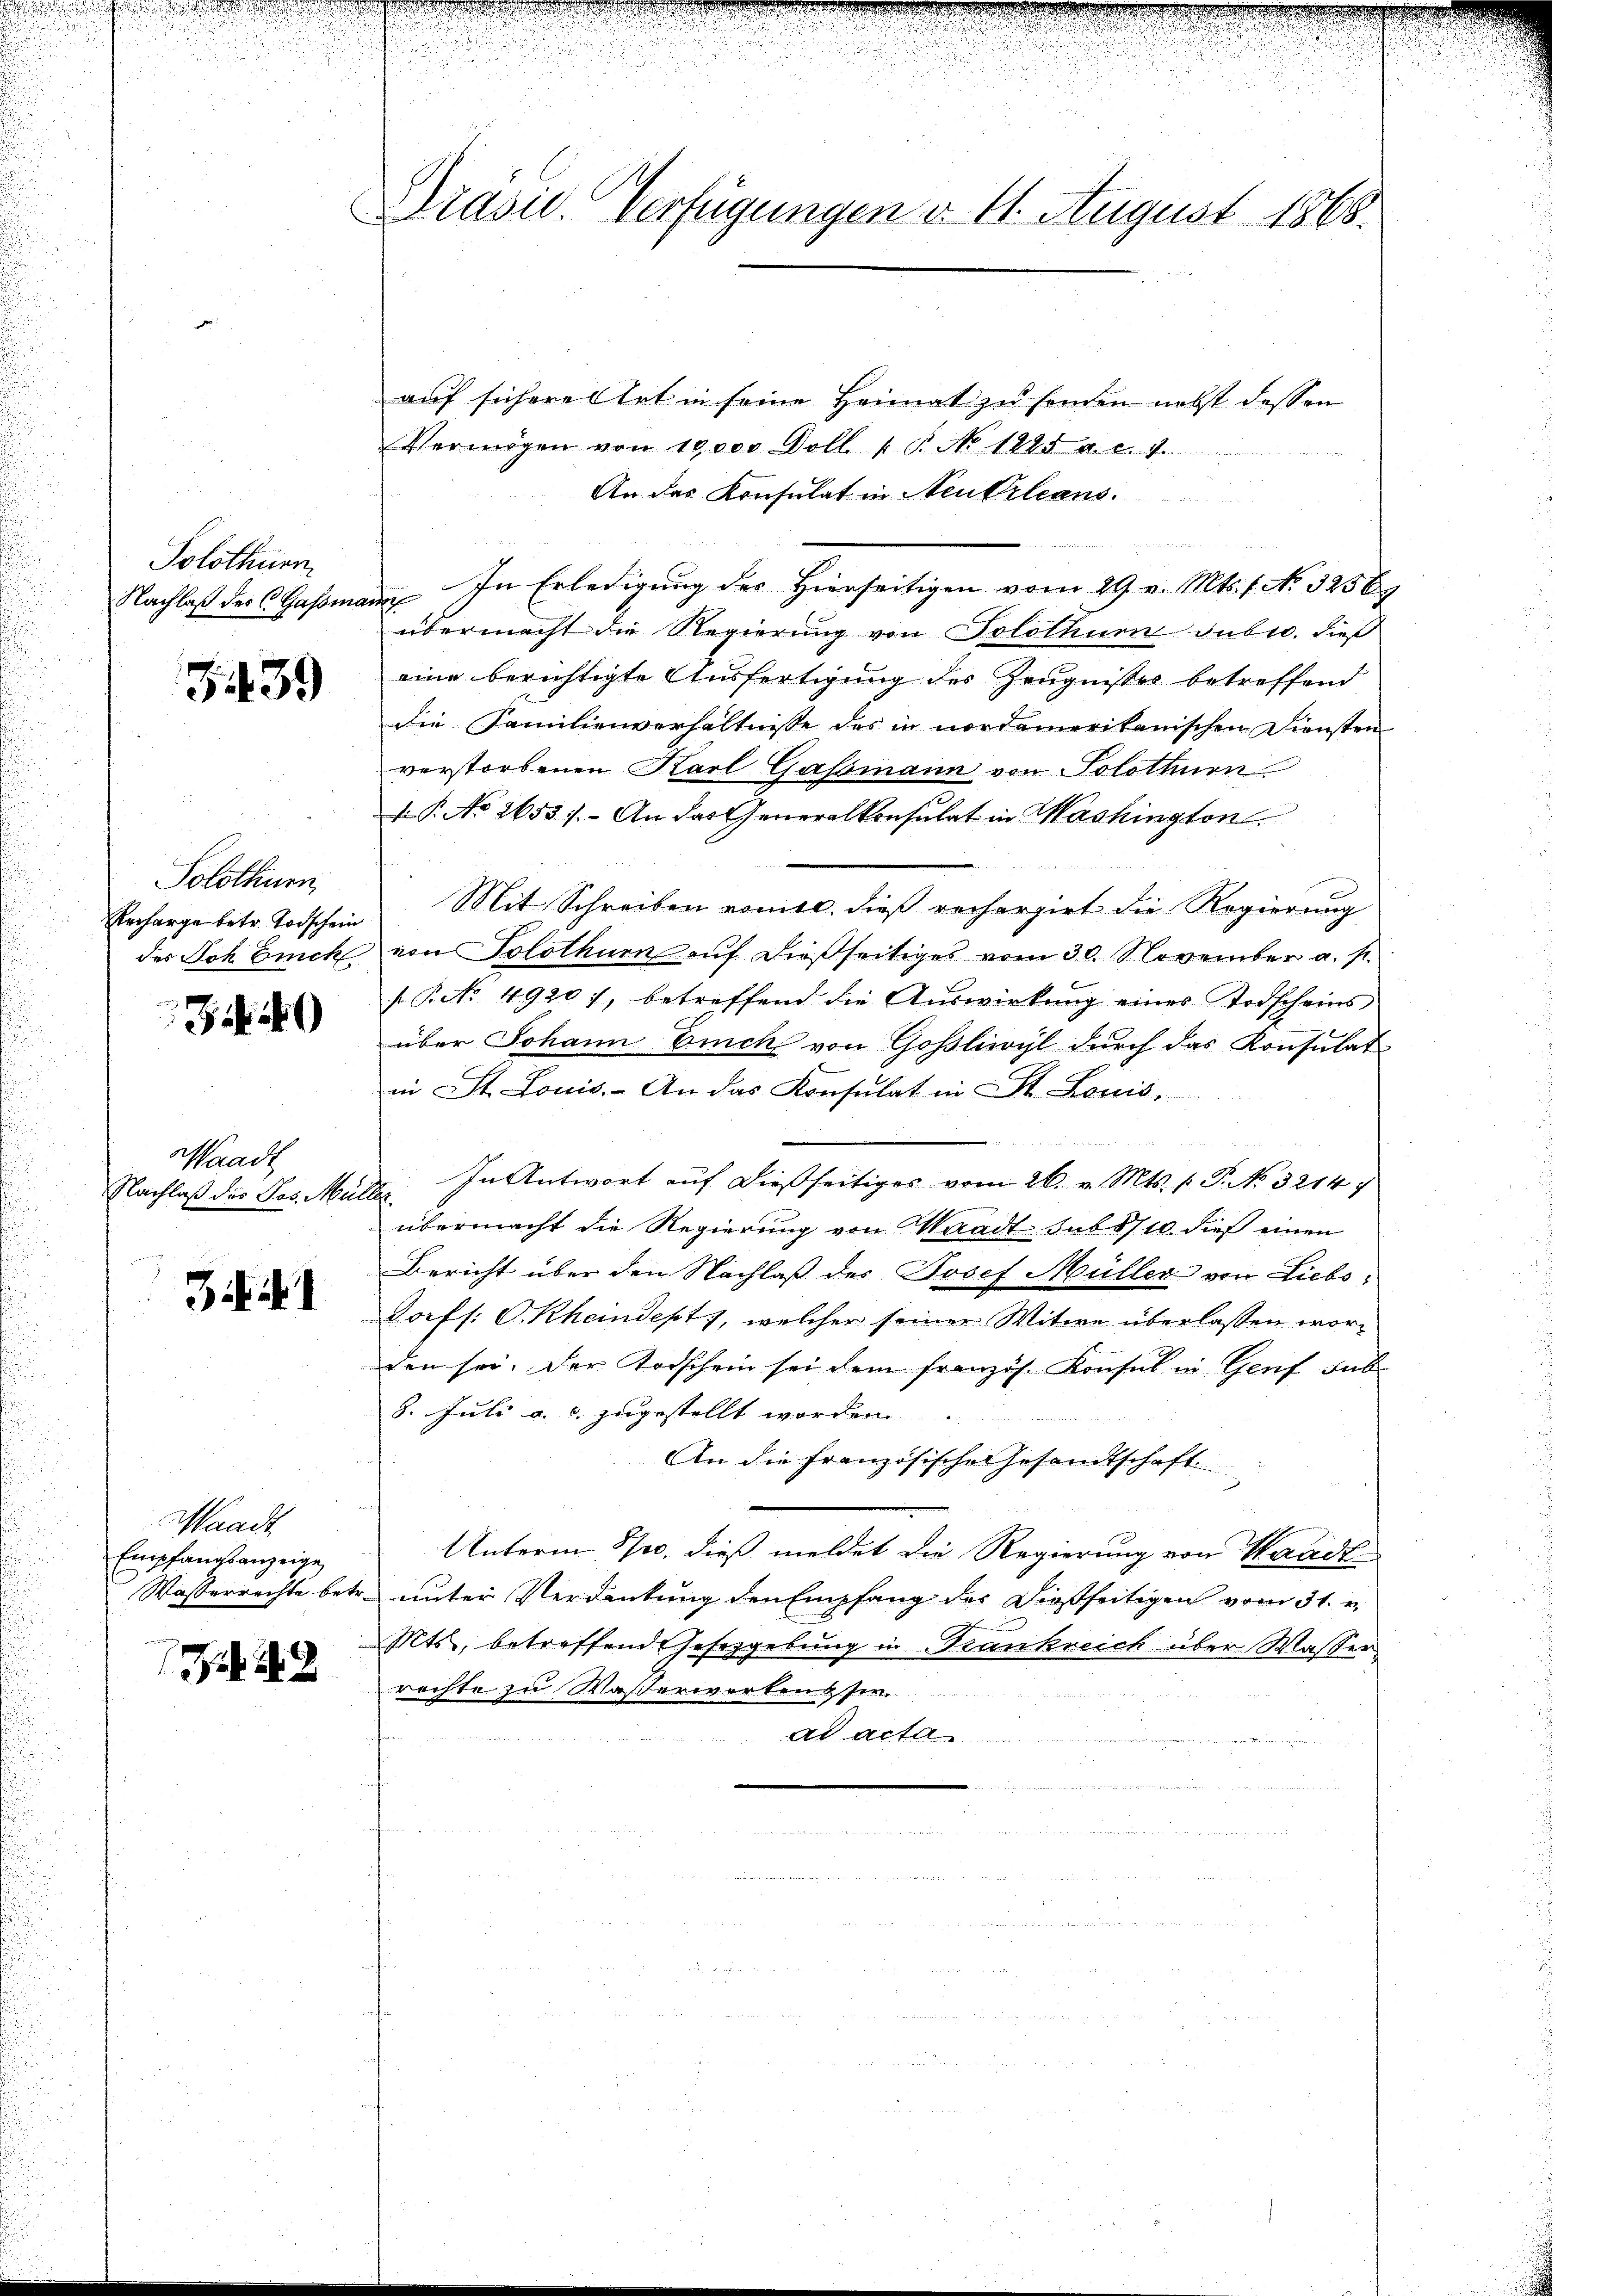
u

Solothurn

3439

Solothurn

349

Waadt

3

auf sichere Art in seine Heimat zu senden nebst dessen
Vermögen von 10,000 Doll. 1. No 1285 a. c. 7.
An das Konsulat in Neukleans

Nachlaß des Gassmann In Erledigung des Hierseitigen vom 29. v. Mts. f. No. 3256
übermacht die Regierung von Solothurn dubio. dieß
eine berichtigte Ausfertigung des Zeugnisses betreffend
die Familienverhältnisse des in nordamerikanischen Diensten
verstorbenen Karl Gassmann von Solothurn
.P. No 2653. /. – An das Generalkonsulat in Washington
Encharge betr. Todschein Mit Schreiben vomtl. dieß recherzirt die Regierung
des Joh Euch von Solothurn aŭf dießseitiges vom 30. November a. s.
f No 4920), betreffend die Auswirkung eines Todscheins
über Johann Euch von Goßliwyl durch das Konsulat
in St. Louis. An das Konsulat in St. Louis,

Nachlaβ des Jes. Mülle. In Antwort aŭf dießseitiges vom 26. v. Mts. 1. P. No. 32147
übermacht die Regierung von Waadt sub 8/10 dieß einen
Bericht über den Nachlaß des Josef Müller von Liebs¬
Jorfs: P. Rheindept, welcher seiner Witwe überlassen worden sei. Der Todschein sei dem französ. Konsul in Genf sub
8. Juli a. c. zugestellt worden
An die französische Gesandtschaft
Unterm See, dieß meldet die Regierung von Waadt
Wasserrechte betr. unter Verdankung den Empfang des dießseitigen vom 31. v.
Mts., betreffend Gesezgebung in Krankreich über Wasser
rachte zu Wasserwerkentser
ad acta

Waadt
Empfangsanzeige

A.2

Präsid. Verfügungen d. 11. August 1868.